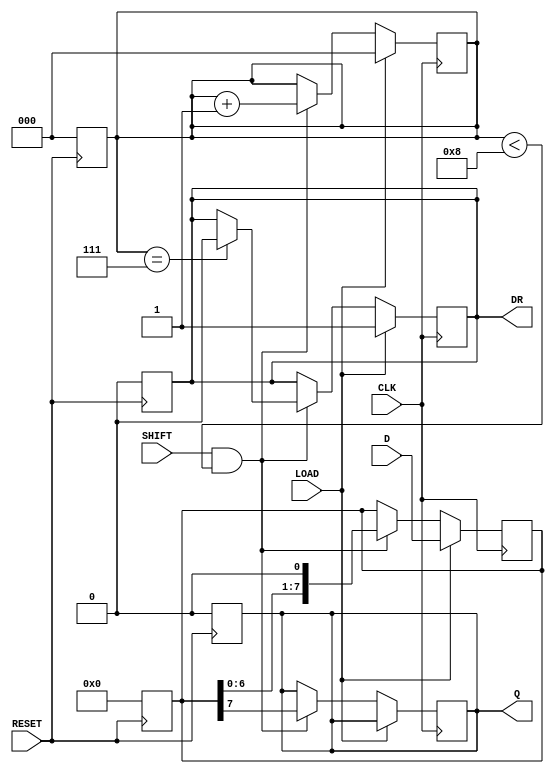
module PISO_Register (
    input wire [7:0] D,       // 8-bit data input
    input wire LOAD,          // Load control signal
    input wire SHIFT,         // Shift control signal
    input wire CLK,           // Clock signal
    input wire RESET,         // Asynchronous reset signal
    output reg Q,             // Serial output
    output reg DR             // Data Ready signal
);

    reg [7:0] REG;            // Storage register for 8-bit data
    reg [2:0] bit_counter;    // Counter to track the number of bits shifted out

    // Asynchronous reset
    always @(posedge RESET) begin
        REG <= 8'b0;          // Clear the register
        Q <= 1'b0;            // Clear output
        DR <= 1'b0;           // Clear Data Ready
        bit_counter <= 3'b0;   // Reset bit counter
    end

    // Main operation block
    always @(posedge CLK) begin
        if (LOAD) begin
            REG <= D;          // Load data into the register
            bit_counter <= 3'b0; // Reset bit counter
            DR <= 1'b1;        // Indicate data is ready
        end else if (SHIFT && bit_counter < 8) begin
            Q <= REG[7];       // Output the MSB
            REG <= {REG[6:0], 1'b0}; // Shift left
            bit_counter <= bit_counter + 1; // Increment bit counter
            if (bit_counter == 7) begin
                DR <= 1'b0;    // Clear Data Ready after last bit
            end
        end
    end

endmodule